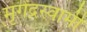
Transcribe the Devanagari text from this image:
मृगेंद्रस्वामी